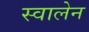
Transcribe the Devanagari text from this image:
स्वालेन